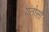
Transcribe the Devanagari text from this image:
यतोसौ